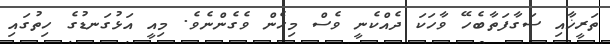
ތަރީޚާއި ސަގާފަތާބެހޭ ވާހަކަ ދެއްކެނީ ވެސް މިހެން ވެގެންނެވެ. މިއީ އަޅުގަނޑުގެ ހިތުގައި